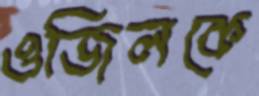
ওজিলকে